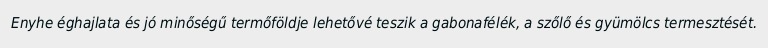
Enyhe éghajlata és jó minőségű termőföldje lehetővé teszik a gabonafélék, a szőlő és gyümölcs termesztését.